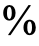
%